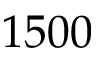
1 5 0 0